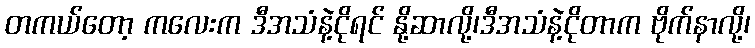
တကယ်တော့ ကလေးက ဒီအသံနဲ့ငိုရင် နို့ဆာလို့၊ဒီအသံနဲ့ငိုတာက ဗိုက်နာလို့၊